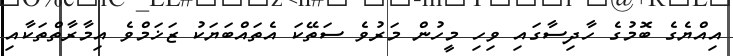
އިއްޔެގެ ބޮމުގެ ހާދިސާގައި ވިހި މީހުން މަރުވެ ސަތޭކަ އެތައްބަޔަކު ޒަޚަމްވެ އިމާރާތްތަކާއި